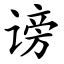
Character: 谤